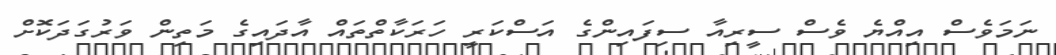
ނަމަވެސް އިއްޔެ ވެސް ސީރިއާ ސިފައިންގެ އަސްކަރީ ހަރަކާތްތައް އާދައިގެ މަތިން ވަރުގަދަކޮށް